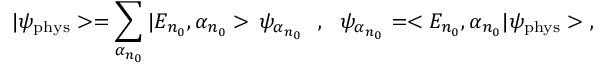
| \psi _ { \mathrm { p h y s } } > = \sum _ { \alpha _ { n _ { 0 } } } | E _ { n _ { 0 } } , \alpha _ { n _ { 0 } } > \, \psi _ { \alpha _ { n _ { 0 } } } \ \ , \ \ \psi _ { \alpha _ { n _ { 0 } } } = < E _ { n _ { 0 } } , \alpha _ { n _ { 0 } } | \psi _ { \mathrm { p h y s } } > \ ,